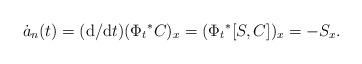
LaTeX: \begin{align*}\dot{a}_n(t) = ({\rm d}/{\rm d}t)({\Phi_t}^*C)_x = ({\Phi_t}^*[S,C])_x = - S_x. \end{align*}